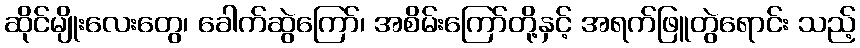
ဆိုင်မျိုးလေးတွေ၊ ခေါက်ဆွဲကြော်၊ အစိမ်းကြော်တို့နှင့် အရက်ဖြူတွဲရောင်း သည့်